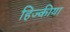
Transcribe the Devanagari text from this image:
हिज्कीया